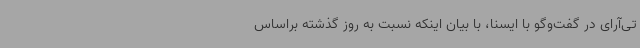
تی‌آرای در گفت‌وگو با ایسنا، با بیان اینکه نسبت به روز گذشته براساس